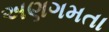
અણગમતા